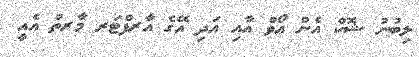
ލިބުނު ޝޮކް އެން އޯވް އާއި އަދި އޭގެ އާރފްޓަރ މާރތް އެއީ